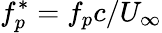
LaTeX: f_{p}^{*}=f_{p}c/U_{\infty}